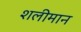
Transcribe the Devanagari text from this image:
शलीमान